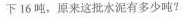
下16吨，原来这批水泥有多少吨?